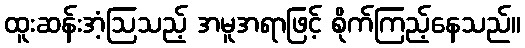
ထူးဆန်းအံ့ဩသည့် အမူအရာဖြင့် စိုက်ကြည့်နေသည်။